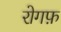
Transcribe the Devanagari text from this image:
रोगफ़